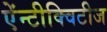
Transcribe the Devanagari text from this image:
ऐंन्टीक्विटीज